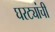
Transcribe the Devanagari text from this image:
घरट्यांची